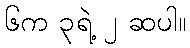
၆က ၃ရဲ့ ၂ ဆပါ။